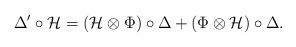
LaTeX: \begin{align*} \Delta'\circ \mathcal H = (\mathcal H\otimes \Phi)\circ \Delta + (\Phi \otimes\mathcal H) \circ \Delta.\end{align*}